Papers set at the Examination for Leaving Certificates, 1893
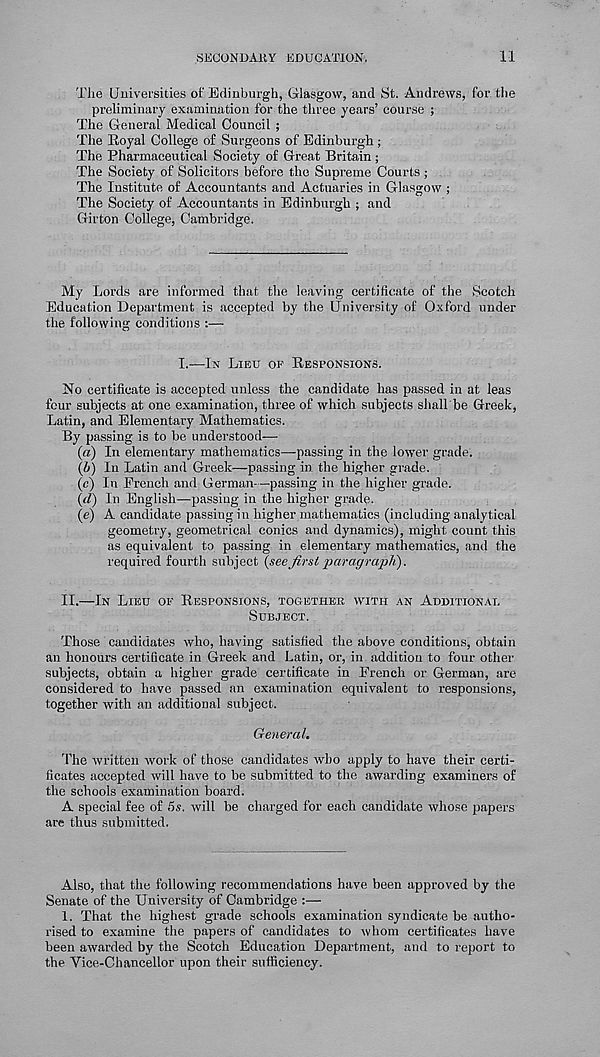
SECONDARY EDUCATION,
11
The Universities of Edinburgh, Glasgow, and St. Andrews, for the
preliminary examination for the three years’ course ;
The General Medical Council ;
The Eoyal College of Surgeons of Edinburgh ;
The Pharmaceutical Society of Great Britain ;
The Society of Solicitors before the Supreme Courts ;
The Institute of Accountants and Actuaries in Glasgow ;
The Society of Accountants in Edinburgh ; and
Girton College, Cambridge.
My Lords are informed that the leaving certificate of the Scotch
Education Department is accepted by the University of Oxford under
the following conditions :—
I.—IN LIEU OP RESPONSIONS.
No certificate is accepted unless the candidate has passed in at leas
four subjects at one examination, three of which subjects shall be Greek,
Latin, and Elementary Mathematics.
By passing is to be understood—
(a) In elementary mathematics—passing in the lower grade.
(i) In Latin and Greek—passing in the higher grade.
(c) In French and German-—passing in the higher grade.
(d) In English—passing in the higher grade.
(e) A candidate passing in higher mathematics (including analytical
geometry, geometrical conics and dynamics), might count this
as equivalent to passing in elementary mathematics, and the
required fourth subject (see first paragraph).
II.—IN LIEU OF RESPONSIONS, TOGETHER WITH AN ADDITIONAL
SUBJECT.
Those candidates who, having satisfied the above conditions, obtain
an honours certificate in Greek and Latin, or, in addition to four other
subjects, obtain a higher grade certificate in French or German, are
considered to have passed an examination equivalent to responsions,
together with an additional subject.
General.
The written work of those candidates who apply to have their certi-
ficates accepted will have to be submitted to the awarding examiners of
the schools examination board.
A special fee of 5s. will be charged for each candidate whose papers
are thus submitted.
Also, that the following recommendations have been approved by the
Senate of the University of Cambridge :—
1. That the highest grade schools examination syndicate be autho-
rised to examine the papers of candidates to whom certificates have
been awarded by the Scotch Education Department, and to report to
the Vice-Chancellor upon their sufficiency.